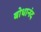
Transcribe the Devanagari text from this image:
बोधानंद